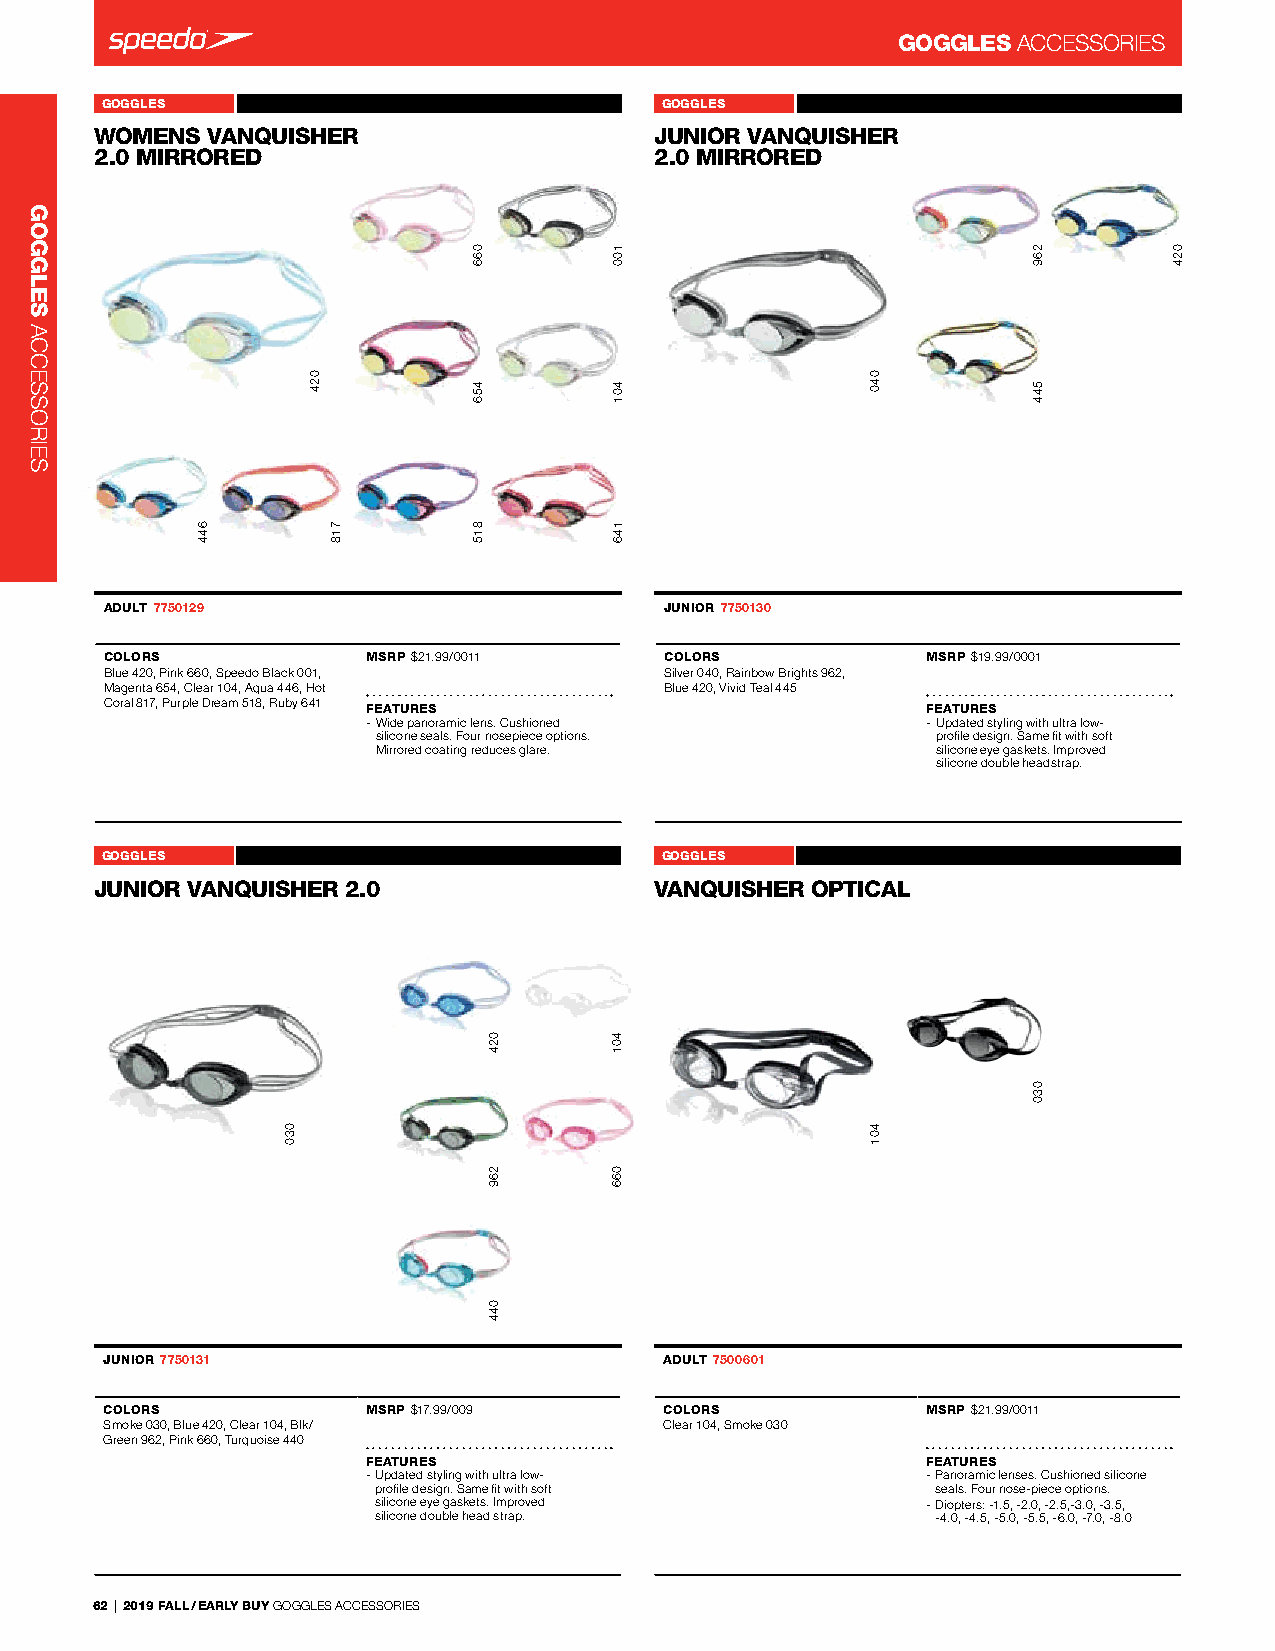
GOGGLES ACCessorIes
 GOGGLES         WOMENS VANQUISHER 2.0 MIRRORED 7750129 GOGGLES JUNIOR VANQUISHER 2.0 MIRRORED 7750130
 WOMENS  VANQUISAngHles EFreeR Ba ck 7719731 JUNIOR VANQUISHAnEglesR Fre e Back 7719731
 2.0 MIRRORED                         2.0 MIRRORED
 Angles Free Back_7719731             Angles Free Back_7719731
 ADULT 7750129                        JUNIOR 7750130
 COLORS           MSRP $21.99/0011    COLORS           MSRP $19.99/0001
 Blue 420, Pink 660, speedo Black 001, silver 040, rainbow Brights 962,
 Magenta 654, Clear 104, Aqua 446, Hot Blue 420, Vivid Teal 445
 Coral 817, Purple dream 518, ruby 641
 FEATURES                             FEATURES
 - Wide panoramic lens. Cushioned     - Updated styling with ultra low-
 silicone seals. Four nosepiece options. profile design. same fit with soft
 Mirrored coating reduces glare.      silicone eye gaskets. Improved
 silicone double headstrap.
 GOGGLES           JUNIOR VANQUISHER 2.0 7750131 GOGGLES VANQUISHER 2.0 OPTICAL 7750211
 JUNIOR VANQUISHER 2-.0               VANQUISHER OPTICAL-
 -                                    -
 JUNIOR 7750131                       ADULT 7500601
 COLORS           MSRP $17.99/009     COLORS           MSRP $21.99/0011
 smoke 030, Blue 420, Clear 104, Blk/ Clear 104, smoke 030
 Green 962, Pink 660, Turquoise 440
 FEATURES                             FEATURES
 - Updated styling with ultra low-    - Panoramic lenses. Cushioned silicone
 profile design. same fit with soft   seals. Four nose-piece options.
 silicone eye gaskets. Improved      - diopters: -1.5, -2.0, -2.5,-3.0, -3.5,
 silicone double head strap.          -4.0, -4.5, -5.0, -5.5, -6.0, -7.0, -8.0
 62 | 2019 FALL / EARLY BUY GoGGles ACCessorIes
 GOGGLES
 ACCessorIes
 644
 030
 024
 718
 066
 456
 815
 024
 269
 044
 100
 401
 146
 401
 066
 040
 401
 269
 544
 030
 024